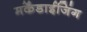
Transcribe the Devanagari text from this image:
मर्केंडाईजिंग